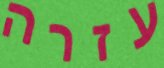
עזרה